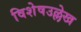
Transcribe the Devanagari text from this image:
विशेषउल्लेख